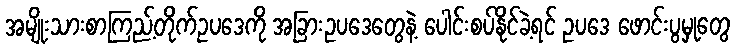
အမျိုးသားစာကြည့်တိုက်ဥပဒေကို အခြားဥပဒေတွေနဲ့ ပေါင်းစပ်နိုင်ခဲ့ရင် ဥပဒေ ဖောင်းပွမှုတွေ